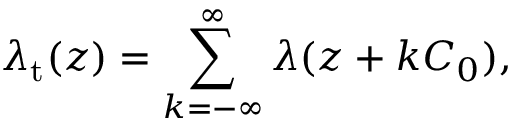
\lambda _ { \mathrm { t } } ( z ) = \sum _ { k = - \infty } ^ { \infty } \lambda ( z + k C _ { 0 } ) ,